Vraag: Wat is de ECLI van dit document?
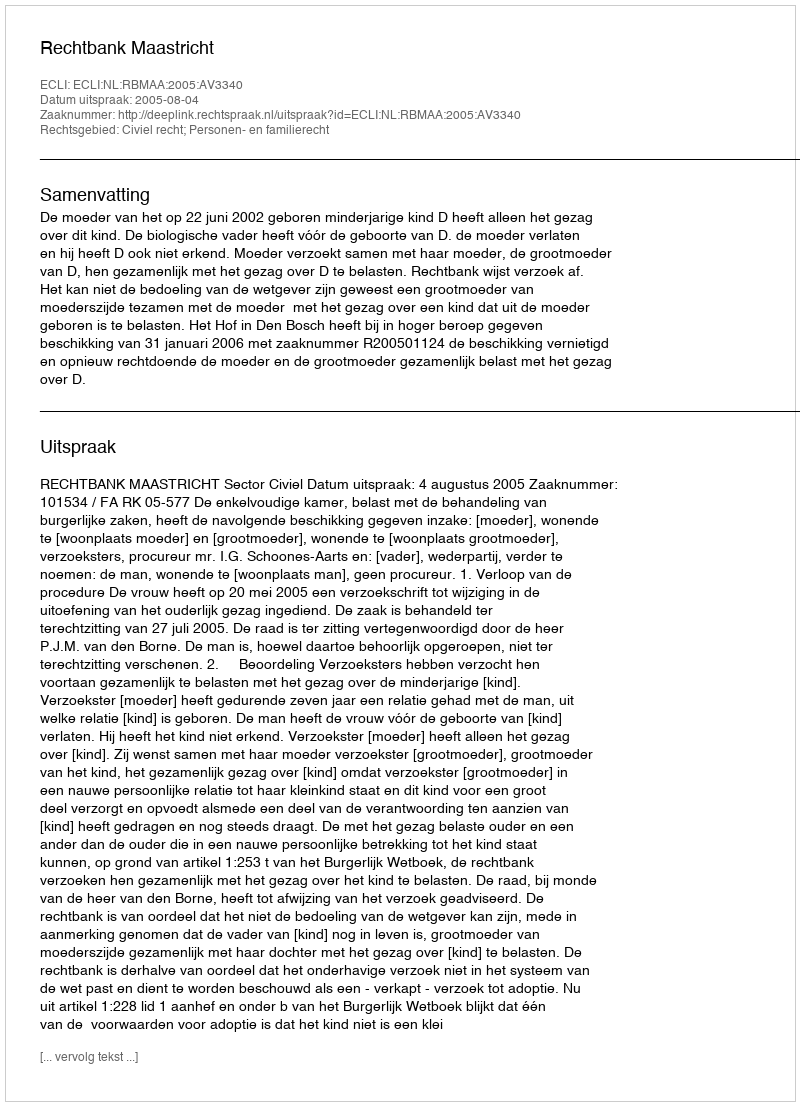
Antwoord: ECLI:NL:RBMAA:2005:AV3340